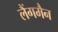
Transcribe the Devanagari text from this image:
लैंगमैन